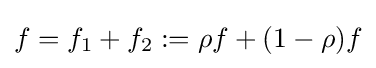
f=f_{1}+f_{2}:=\rho f+(1-\rho )f